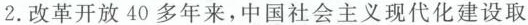
2.改革开放40多年来，中国社会主义现代化建设取